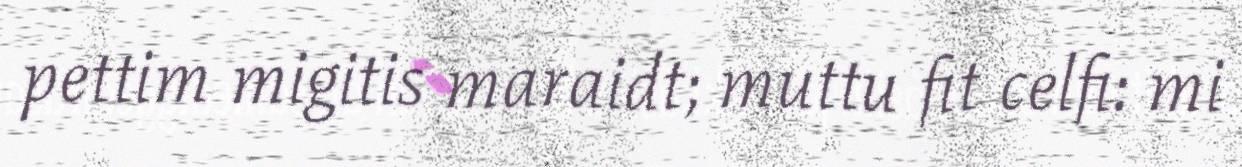
pettim migitis maraidt; muttu fit celfi: mi